Vaccination in Bombay 1856-1862 - 1856-1862
Year: 1856
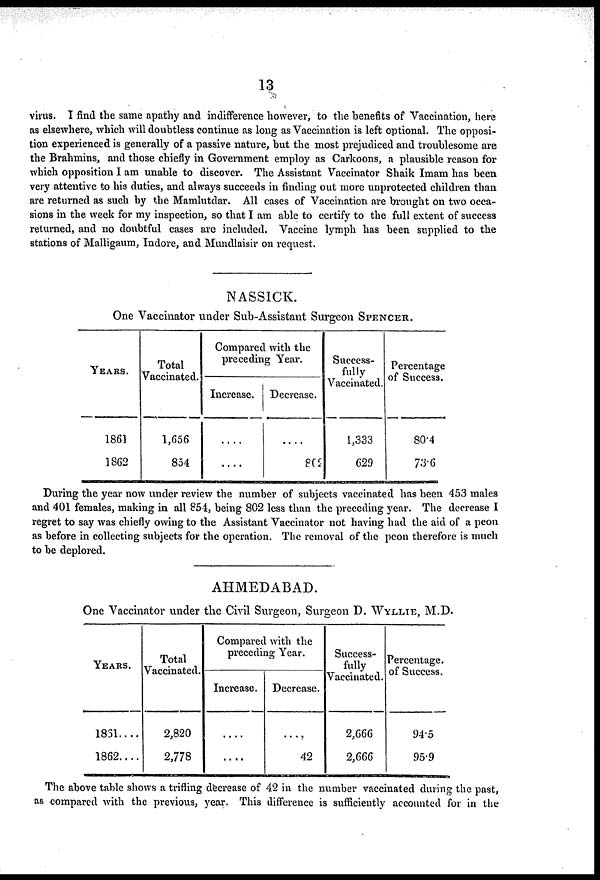
13
virus. I find the same apathy and indifference however, to the benefits of Vaccination, here
as elsewhere, which will doubtless continue as long as Vaccination is left optional. The opposi-
tion experienced is generally of a passive nature, but the most prejudiced and troublesome are
the Brahmins, and those chiefly in Government employ as Carkoons, a plausible reason for
which opposition I am unable to discover. The Assistant Vaccinator Shaik Imam has been
very attentive to his duties, and always succeeds in finding out more unprotected children than
are returned as such by the Mamlutdar. All cases of Vaccination are brought on two occa-
sions in the week for my inspection, so that I am able to certify to the full extent of success
returned, and no doubtful cases are included. Vaccine lymph has been supplied to the
stations of Malligaum, Indore, and Mundlaisir on request.
NASSICK.
One Vaccinator under Sub-Assistant Surgeon SPENCER.
YEARS.
1861
1862
Total
Vaccinated.
1,656
854
Compared with the
preceding Year.
Increase.
....
....
Decrease.
....
802
Success-
fully
Vaccinated.
1,333
629
Percentage
of Success.
80.4
73.6
During the year now under review the number of subjects vaccinated has been 453 males
and 401 females, making in all 854, being 802 less than the preceding year. The decrease I
regret to say was chiefly owing to the Assistant Vaccinator not having had the aid of a peon
as before in collecting subjects for the operation. The removal of the peon therefore is much
to be deplored.
AHMEDABAD.
One Vaccinator under the Civil Surgeon, Surgeon D. WYLLIE, M.D.
YEARS.
1861....
1862....
Total
Vaccinated.
2,820
2,778
Compared with the
preceding Year.
Increase.
....
....
Decrease.
....
42
Success-
fully
Vaccinated.
2,666
2,666
Percentage
of Success.
94.5
95.9
The above table shows a trifling decrease of 42 in the number vaccinated during the past,
as compared with the previous, year. This difference is sufficiently accounted for in the